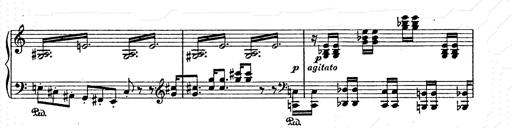
Title: AnnÃ©es de pÃ¨lerinage II
Composer: Franz Liszt